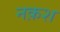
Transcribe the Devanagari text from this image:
नक़श